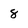
Character: 8